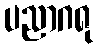
ပညာဂရု